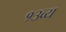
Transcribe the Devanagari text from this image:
१३व्य